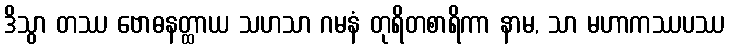
ဒိသွာ တဿ ဗောဓနတ္ထာယ သဟသာ ဂမနံ တုရိတစာရိကာ နာမ, သာ မဟာကဿပဿ